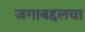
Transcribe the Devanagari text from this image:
जगाबद्दलचा